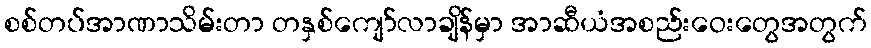
စစ်တပ်အာဏာသိမ်းတာ တနှစ်ကျော်လာချိန်မှာ အာဆီယံအစည်းဝေးတွေအတွက်